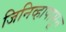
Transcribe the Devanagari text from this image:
जिनिव्हापासून